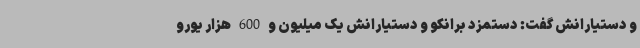
و دستیارانش گفت: دستمزد برانکو و دستیارانش یک میلیون و 600 هزار یورو